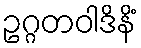
ဥဂ္ဂတဝါဒိနိံ